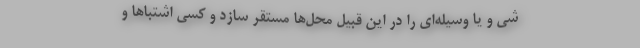
شی و یا وسیله‌ای را در این قبیل محل‌ها مستقر سازد و کسی اشتبا‌ها و